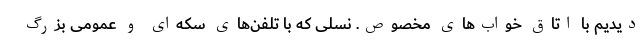
دیدیم با اتاق خواب‌های مخصوص. نسلی که با تلفن‌های سکه‌ای و عمومی بزرگ